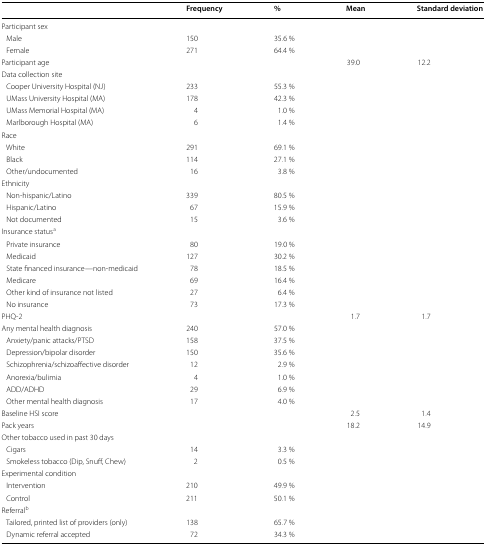
<table><thead><tr><td></td><td><b>Frequency</b></td><td><b>%</b></td><td><b>Mean</b></td><td><b>Standard deviation</b></td></tr></thead><tbody><tr><td colspan="5">Participant sex</td></tr><tr><td> Male</td><td>150</td><td>35.6 %</td><td></td><td></td></tr><tr><td> Female</td><td>271</td><td>64.4 %</td><td></td><td></td></tr><tr><td>Participant age</td><td></td><td></td><td>39.0</td><td>12.2</td></tr><tr><td colspan="5">Data collection site</td></tr><tr><td> Cooper University Hospital (NJ)</td><td>233</td><td>55.3 %</td><td></td><td></td></tr><tr><td> UMass University Hospital (MA)</td><td>178</td><td>42.3 %</td><td></td><td></td></tr><tr><td> UMass Memorial Hospital (MA)</td><td>4</td><td>1.0 %</td><td></td><td></td></tr><tr><td> Marlborough Hospital (MA)</td><td>6</td><td>1.4 %</td><td></td><td></td></tr><tr><td colspan="5">Race</td></tr><tr><td> White</td><td>291</td><td>69.1 %</td><td></td><td></td></tr><tr><td> Black</td><td>114</td><td>27.1 %</td><td></td><td></td></tr><tr><td> Other/undocumented</td><td>16</td><td>3.8 %</td><td></td><td></td></tr><tr><td colspan="5">Ethnicity</td></tr><tr><td> Non-hispanic/Latino</td><td>339</td><td>80.5 %</td><td></td><td></td></tr><tr><td> Hispanic/Latino</td><td>67</td><td>15.9 %</td><td></td><td></td></tr><tr><td> Not documented</td><td>15</td><td>3.6 %</td><td></td><td></td></tr><tr><td colspan="5">Insurance status<sup>a</sup></td></tr><tr><td> Private insurance</td><td>80</td><td>19.0 %</td><td></td><td></td></tr><tr><td> Medicaid</td><td>127</td><td>30.2 %</td><td></td><td></td></tr><tr><td> State financed insurance—non-medicaid</td><td>78</td><td>18.5 %</td><td></td><td></td></tr><tr><td> Medicare</td><td>69</td><td>16.4 %</td><td></td><td></td></tr><tr><td> Other kind of insurance not listed</td><td>27</td><td>6.4 %</td><td></td><td></td></tr><tr><td> No insurance</td><td>73</td><td>17.3 %</td><td></td><td></td></tr><tr><td>PHQ-2</td><td></td><td></td><td>1.7</td><td>1.7</td></tr><tr><td>Any mental health diagnosis</td><td>240</td><td>57.0 %</td><td></td><td></td></tr><tr><td> Anxiety/panic attacks/PTSD</td><td>158</td><td>37.5 %</td><td></td><td></td></tr><tr><td> Depression/bipolar disorder</td><td>150</td><td>35.6 %</td><td></td><td></td></tr><tr><td> Schizophrenia/schizoaffective disorder</td><td>12</td><td>2.9 %</td><td></td><td></td></tr><tr><td> Anorexia/bulimia</td><td>4</td><td>1.0 %</td><td></td><td></td></tr><tr><td> ADD/ADHD</td><td>29</td><td>6.9 %</td><td></td><td></td></tr><tr><td> Other mental health diagnosis</td><td>17</td><td>4.0 %</td><td></td><td></td></tr><tr><td>Baseline HSI score</td><td></td><td></td><td>2.5</td><td>1.4</td></tr><tr><td>Pack years</td><td></td><td></td><td>18.2</td><td>14.9</td></tr><tr><td colspan="5">Other tobacco used in past 30 days</td></tr><tr><td> Cigars</td><td>14</td><td>3.3 %</td><td></td><td></td></tr><tr><td> Smokeless tobacco (Dip, Snuff, Chew)</td><td>2</td><td>0.5 %</td><td></td><td></td></tr><tr><td colspan="5">Experimental condition</td></tr><tr><td> Intervention</td><td>210</td><td>49.9 %</td><td></td><td></td></tr><tr><td> Control</td><td>211</td><td>50.1 %</td><td></td><td></td></tr><tr><td colspan="5">Referral<sup>b</sup></td></tr><tr><td> Tailored, printed list of providers (only)</td><td>138</td><td>65.7 %</td><td></td><td></td></tr><tr><td> Dynamic referral accepted</td><td>72</td><td>34.3 %</td><td></td><td></td></tr></tbody></table>